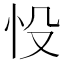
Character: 𢗎